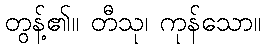
တွန့်၏။ တီသု၊ ကုန်သော။